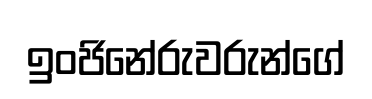
ඉංජිනේරුවරුන්ගේ